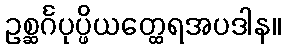
ဥစ္ဆင်္ဂပုပ္ဖိယတ္ထေရအပဒါန။